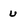
Character: u